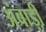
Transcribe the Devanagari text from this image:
अंबाड़ी़